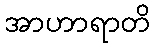
အာဟာရာတိ